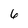
Character: 6